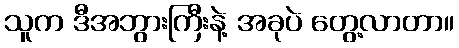
သူက ဒီအဘွားကြီးနဲ့ အခုပဲ တွေ့လာတာ။